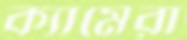
ক্যামেরা